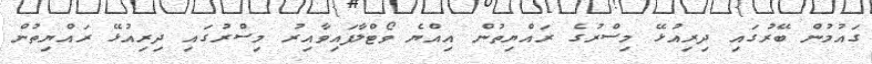
ގައުމުން ބޭރުގައި ދިރިއުޅޭ މިސްރުގެ ރައްޔިތުން އިއްޔެ ވޯޓްލާފައިވާއިރު މިސްރުގައި ދިރިއުޅޭ ރައްޔިތުން